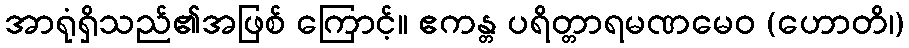
အာရုံရှိသည်၏အဖြစ် ကြောင့်။ ဧကန္တ ပရိတ္တာရမဏမေဝ (ဟောတိ၊)